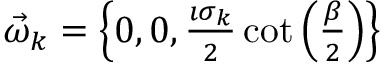
\begin{array} { r } { \vec { \omega } _ { k } = \left\{ 0 , 0 , \frac { \imath \sigma _ { k } } { 2 } \cot \left( \frac { \beta } { 2 } \right) \right\} } \end{array}